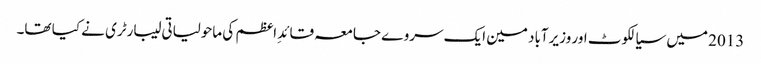
2013 میں سیالکوٹ اور وزیرآباد مین ایک سروے جامعہ قائدِ اعظم کی ماحولیاتی لیبارٹری نے کیا تھا۔